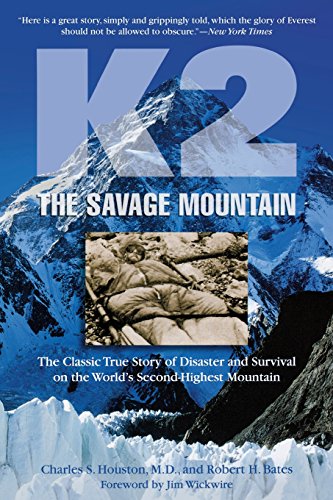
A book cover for K2, The Savage Mountain: The Classic True Story Of Disaster And Survival On The World's Second-Highest Mountain; Charles Houston; History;